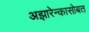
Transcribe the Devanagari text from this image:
अझारेन्कासोबत